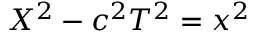
X ^ { 2 } - c ^ { 2 } T ^ { 2 } = x ^ { 2 }